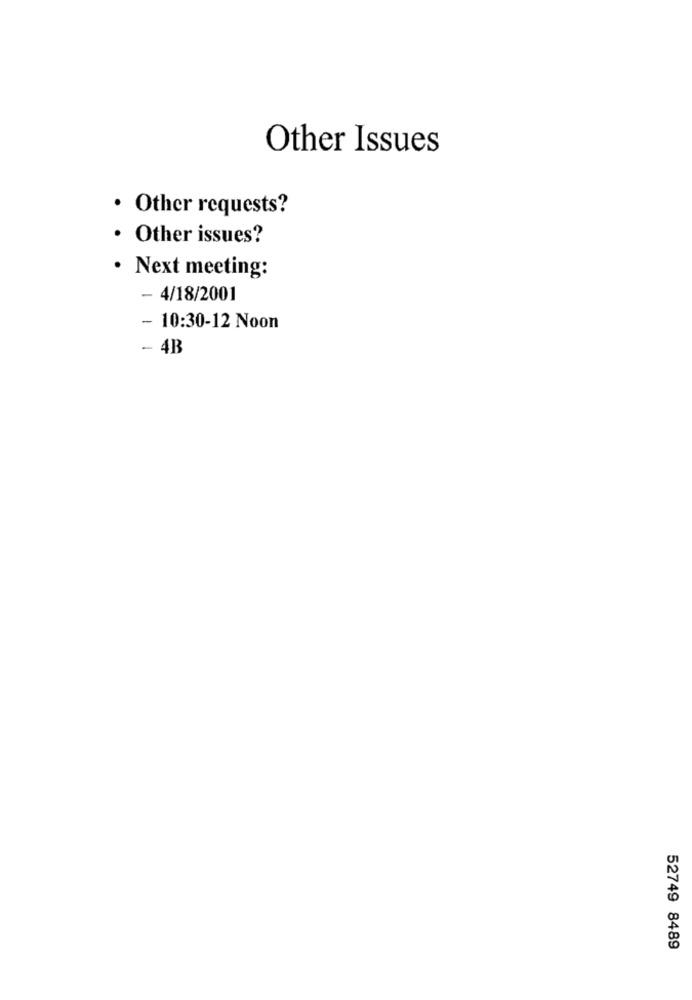
Other Issues
· Other requests?
Other issues?
· Next meeting:
- 4/18/2001
- 10:30-12 Noon
- 4B
52749 8489